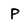
Character: P